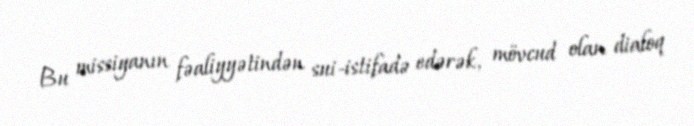
Bu missiyanın fəaliyyətindən sui-istifadə edərək, mövcud olan dialoq